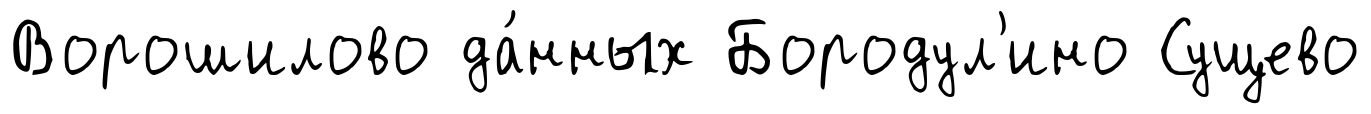
Ворошилово да́нных Бородул'ино Сущево